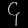
Digit: ၄